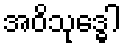
အဝိသုဒ္ဓေါ